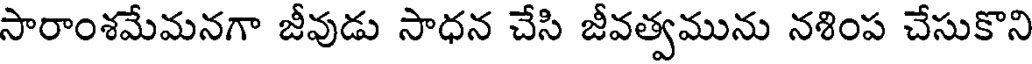
సారాంశమేమనగా జీవుడు సాధన చేసి జీవత్వమును నళింప చేసుకొని